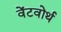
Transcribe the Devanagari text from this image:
वेंटवोर्थ